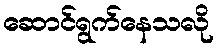
ဆောင်ရွက်နေသလို